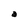
Character: a